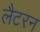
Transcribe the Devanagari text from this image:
लैटरन